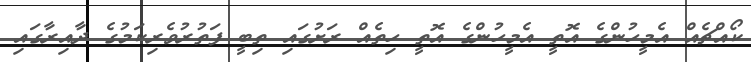
ކޯއްޗެއް އެމީހުންގެ އޮތީ އެމީހުންގެ އޮތީ ހިތެއް ރަށުގައި ތިބީ ފަތުރުވެރިކަމުގެ ދާއިރާގައި